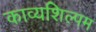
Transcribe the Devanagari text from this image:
काव्यशिल्पम